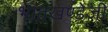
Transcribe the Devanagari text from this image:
भातखण्डेजी